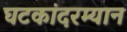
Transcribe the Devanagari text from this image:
घटकांदरम्यान